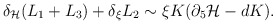
\begin{align*}\delta_{\cal H} (L_1 + L_3) + \delta_{\xi} L_2 \sim \xi K (\partial_5{\cal H} - dK).\end{align*}